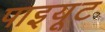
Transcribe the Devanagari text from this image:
पाइयूट